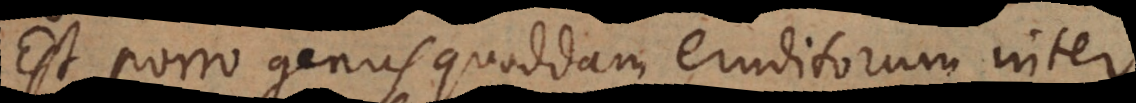
Est porro genus quoddam eruditorum inter